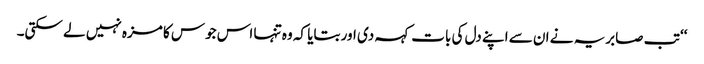
‘‘ تب صابریہ نے ان سے اپنے دل کی بات کہہ دی اور بتایا کہ وہ تنہا اس جوس کا مزہ نہیں لے سکتی۔